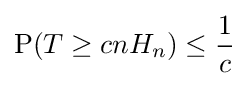
\operatorname {P} (T\geq cnH_{n})\leq {\frac {1}{c}}